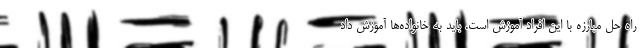
راه حل مبارزه با این افراد آموزش است. باید به خانواده‌ها آموزش داد